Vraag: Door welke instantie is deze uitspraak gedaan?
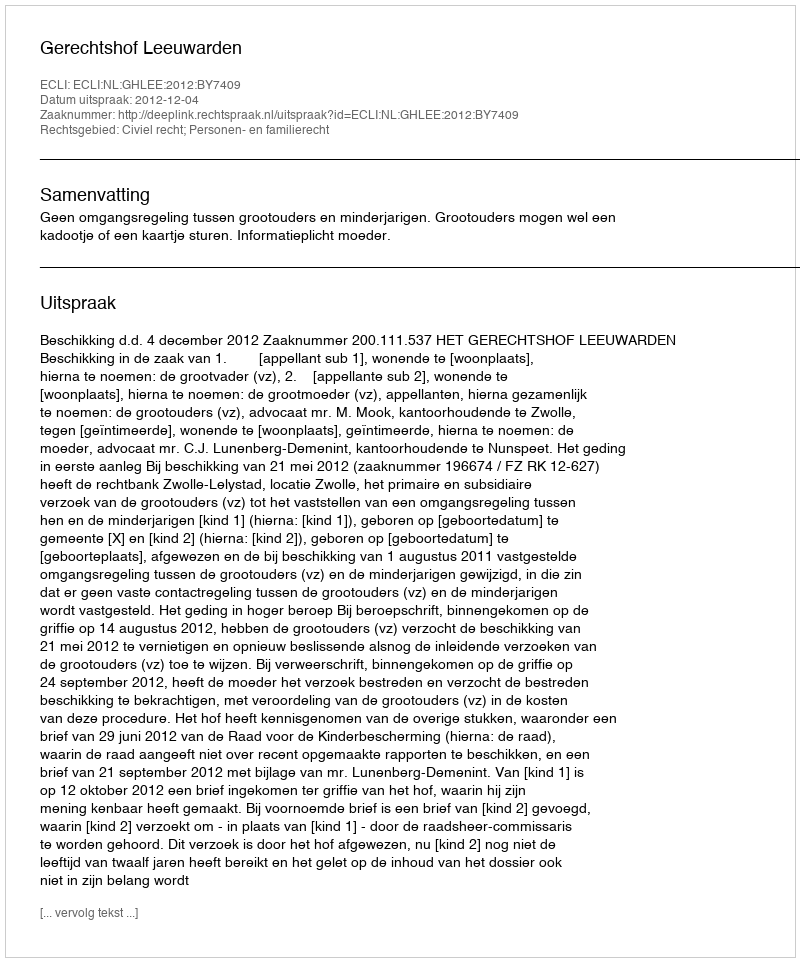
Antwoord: Gerechtshof Leeuwarden